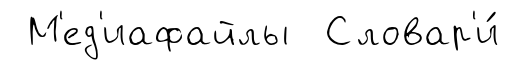
М'ед'иафайлы Словар'и́